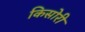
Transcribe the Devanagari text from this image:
किसोरी